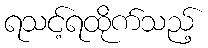
ရသင့်ရထိုက်သည့်